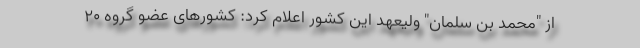
از "محمد بن سلمان" ولیعهد این کشور اعلام کرد: کشورهای عضو گروه ۲۰